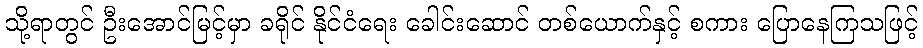
သို့ရာတွင် ဦးအောင်မြင့်မှာ ခရိုင် နိုင်ငံရေး ခေါင်းဆောင် တစ်ယောက်နှင့် စကား ပြောနေကြသဖြင့်